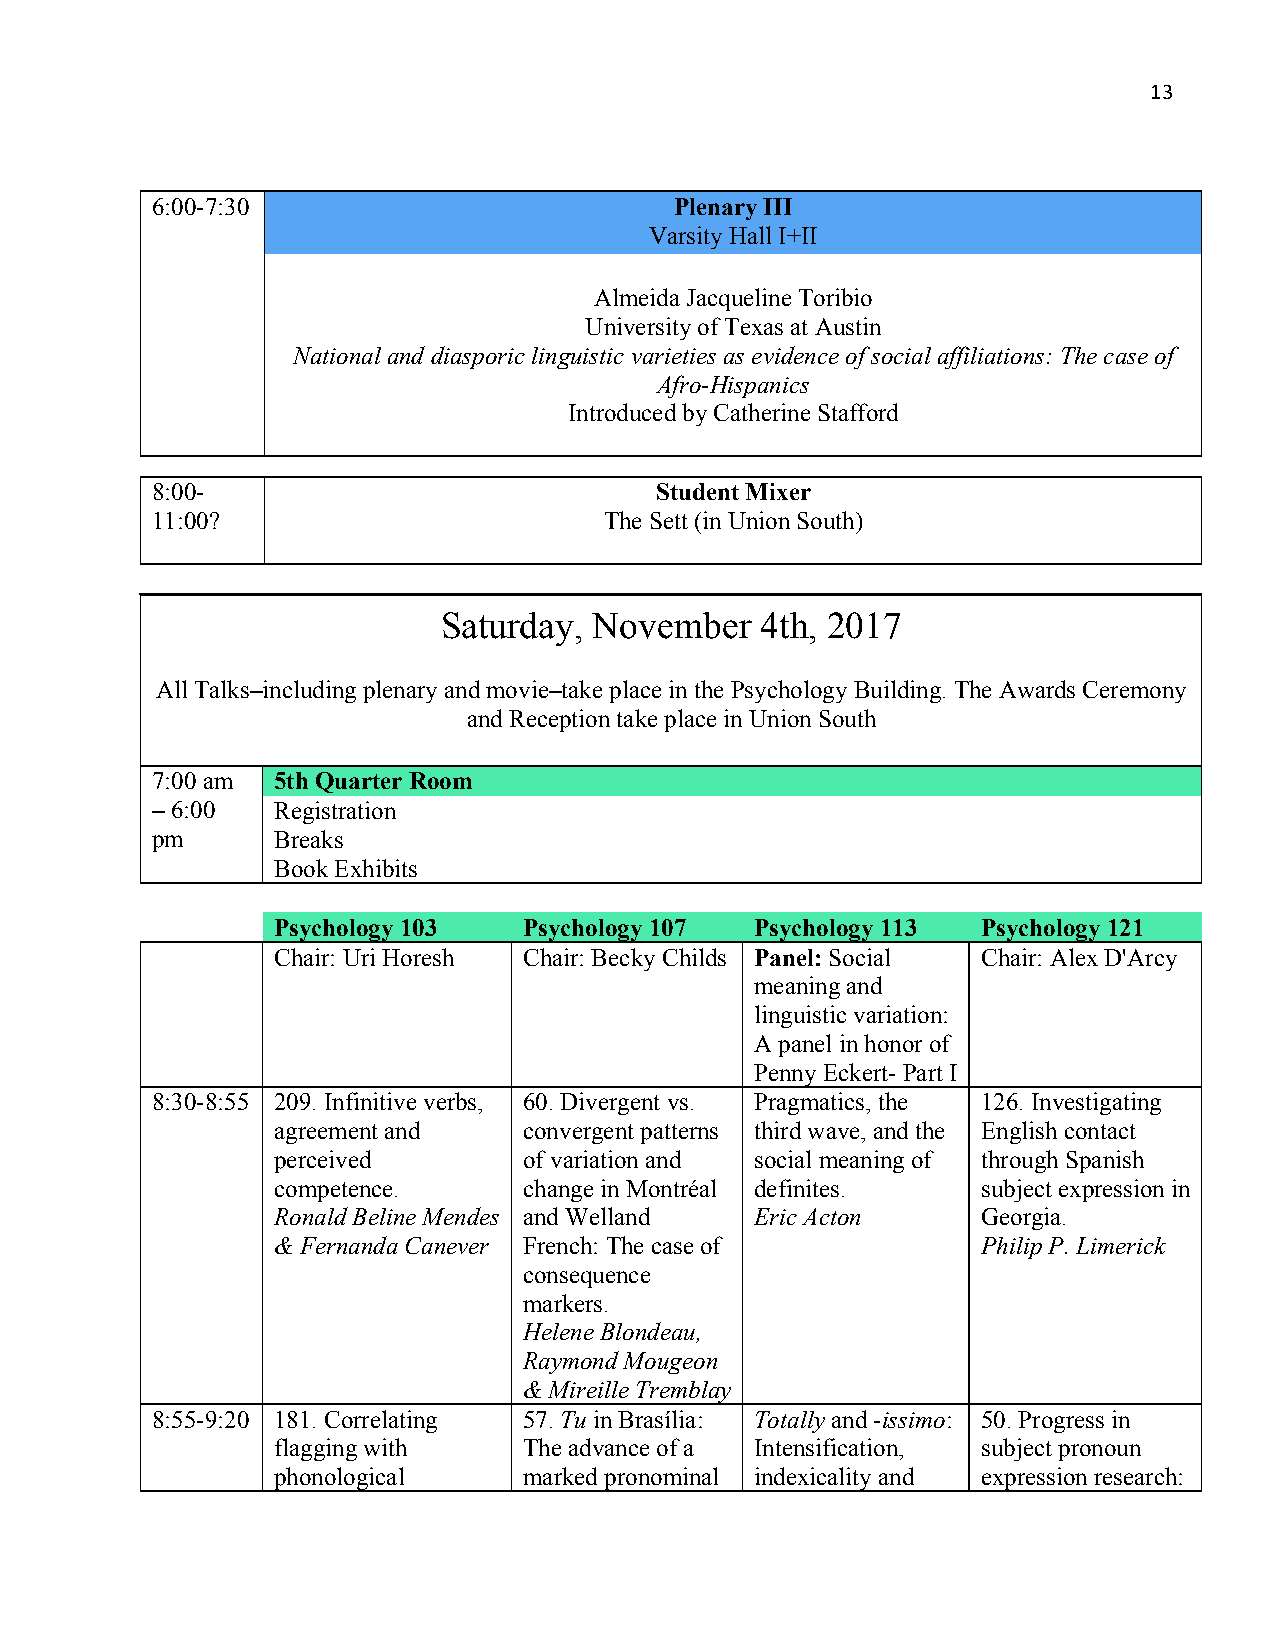
13
 6:00-7:30                          Plenary III
 Varsity Hall I+II
 Almeida Jacqueline Toribio
 University of Texas at Austin
 National and diasporic linguistic varieties as evidence of social affiliations: The case of
 Afro-Hispanics
 Introduced by Catherine Stafford
 8:00-                            Student Mixer
 11:00?                        The Sett (in Union South)
 Saturday, November   4th, 2017
 All Talks–including plenary and movie–take place in the Psychology Building. The Awards Ceremony
 and Reception take place in Union South
 7:00 am 5th Quarter Room
 – 6:00  Registration
 pm      Breaks
 Book Exhibits
 Psychology 103   Psychology 107 Psychology 113 Psychology 121
 Chair: Uri Horesh Chair: Becky Childs Panel: Social Chair: Alex D'Arcy
 meaning and
 linguistic variation:
 A panel in honor of
 Penny Eckert- Part I
 8:30-8:55 209. Infinitive verbs, 60. Divergent vs. Pragmatics, the 126. Investigating
 agreement and    convergent patterns third wave, and the English contact
 perceived        of variation and social meaning of through Spanish
 competence.      change in Montréal definites. subject expression in
 Ronald Beline Mendes and Welland Eric Acton    Georgia.
 & Fernanda Canever French: The case of         Philip P. Limerick
 consequence
 markers.
 Helene Blondeau,
 Raymond Mougeon
 & Mireille Tremblay
 8:55-9:20 181. Correlating 57. Tu in Brasília: Totally and -issimo: 50. Progress in
 flagging with    The advance of a Intensification, subject pronoun
 phonological     marked pronominal indexicality and expression research: